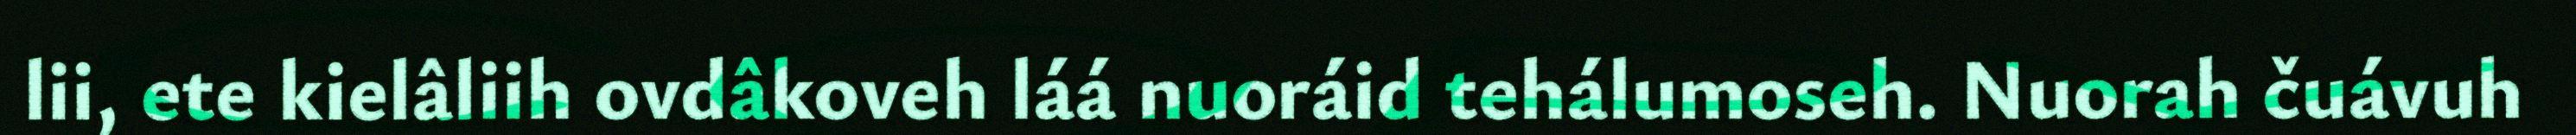
lii, ete kielâliih ovdâkoveh láá nuoráid tehálumoseh. Nuorah čuávuh